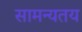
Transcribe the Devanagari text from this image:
सामन्यतय